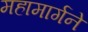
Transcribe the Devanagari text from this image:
महामार्गने